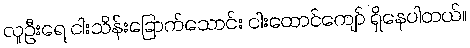
လူဦးရေ ငါးသိန်းခြောက်သောင်း ငါးထောင်ကျော် ရှိနေပါတယ်။